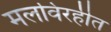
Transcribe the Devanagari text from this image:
मलविरहीत